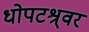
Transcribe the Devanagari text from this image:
धोपटश्र्वर